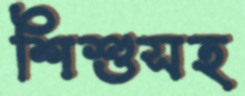
শিশুসহ